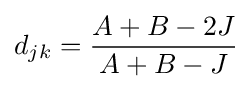
d_{jk}={\frac {A+B-2J}{A+B-J}}